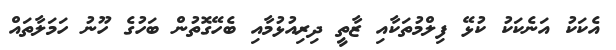
އެކަކު އަނެކަކު ކުޅޭ ފިލްމުތަކާއި ޒާތީ ދިރިއުޅުމާއި ބެހޭގޮތުން ބަހުގެ ހޫނު ހަމަލާތައް